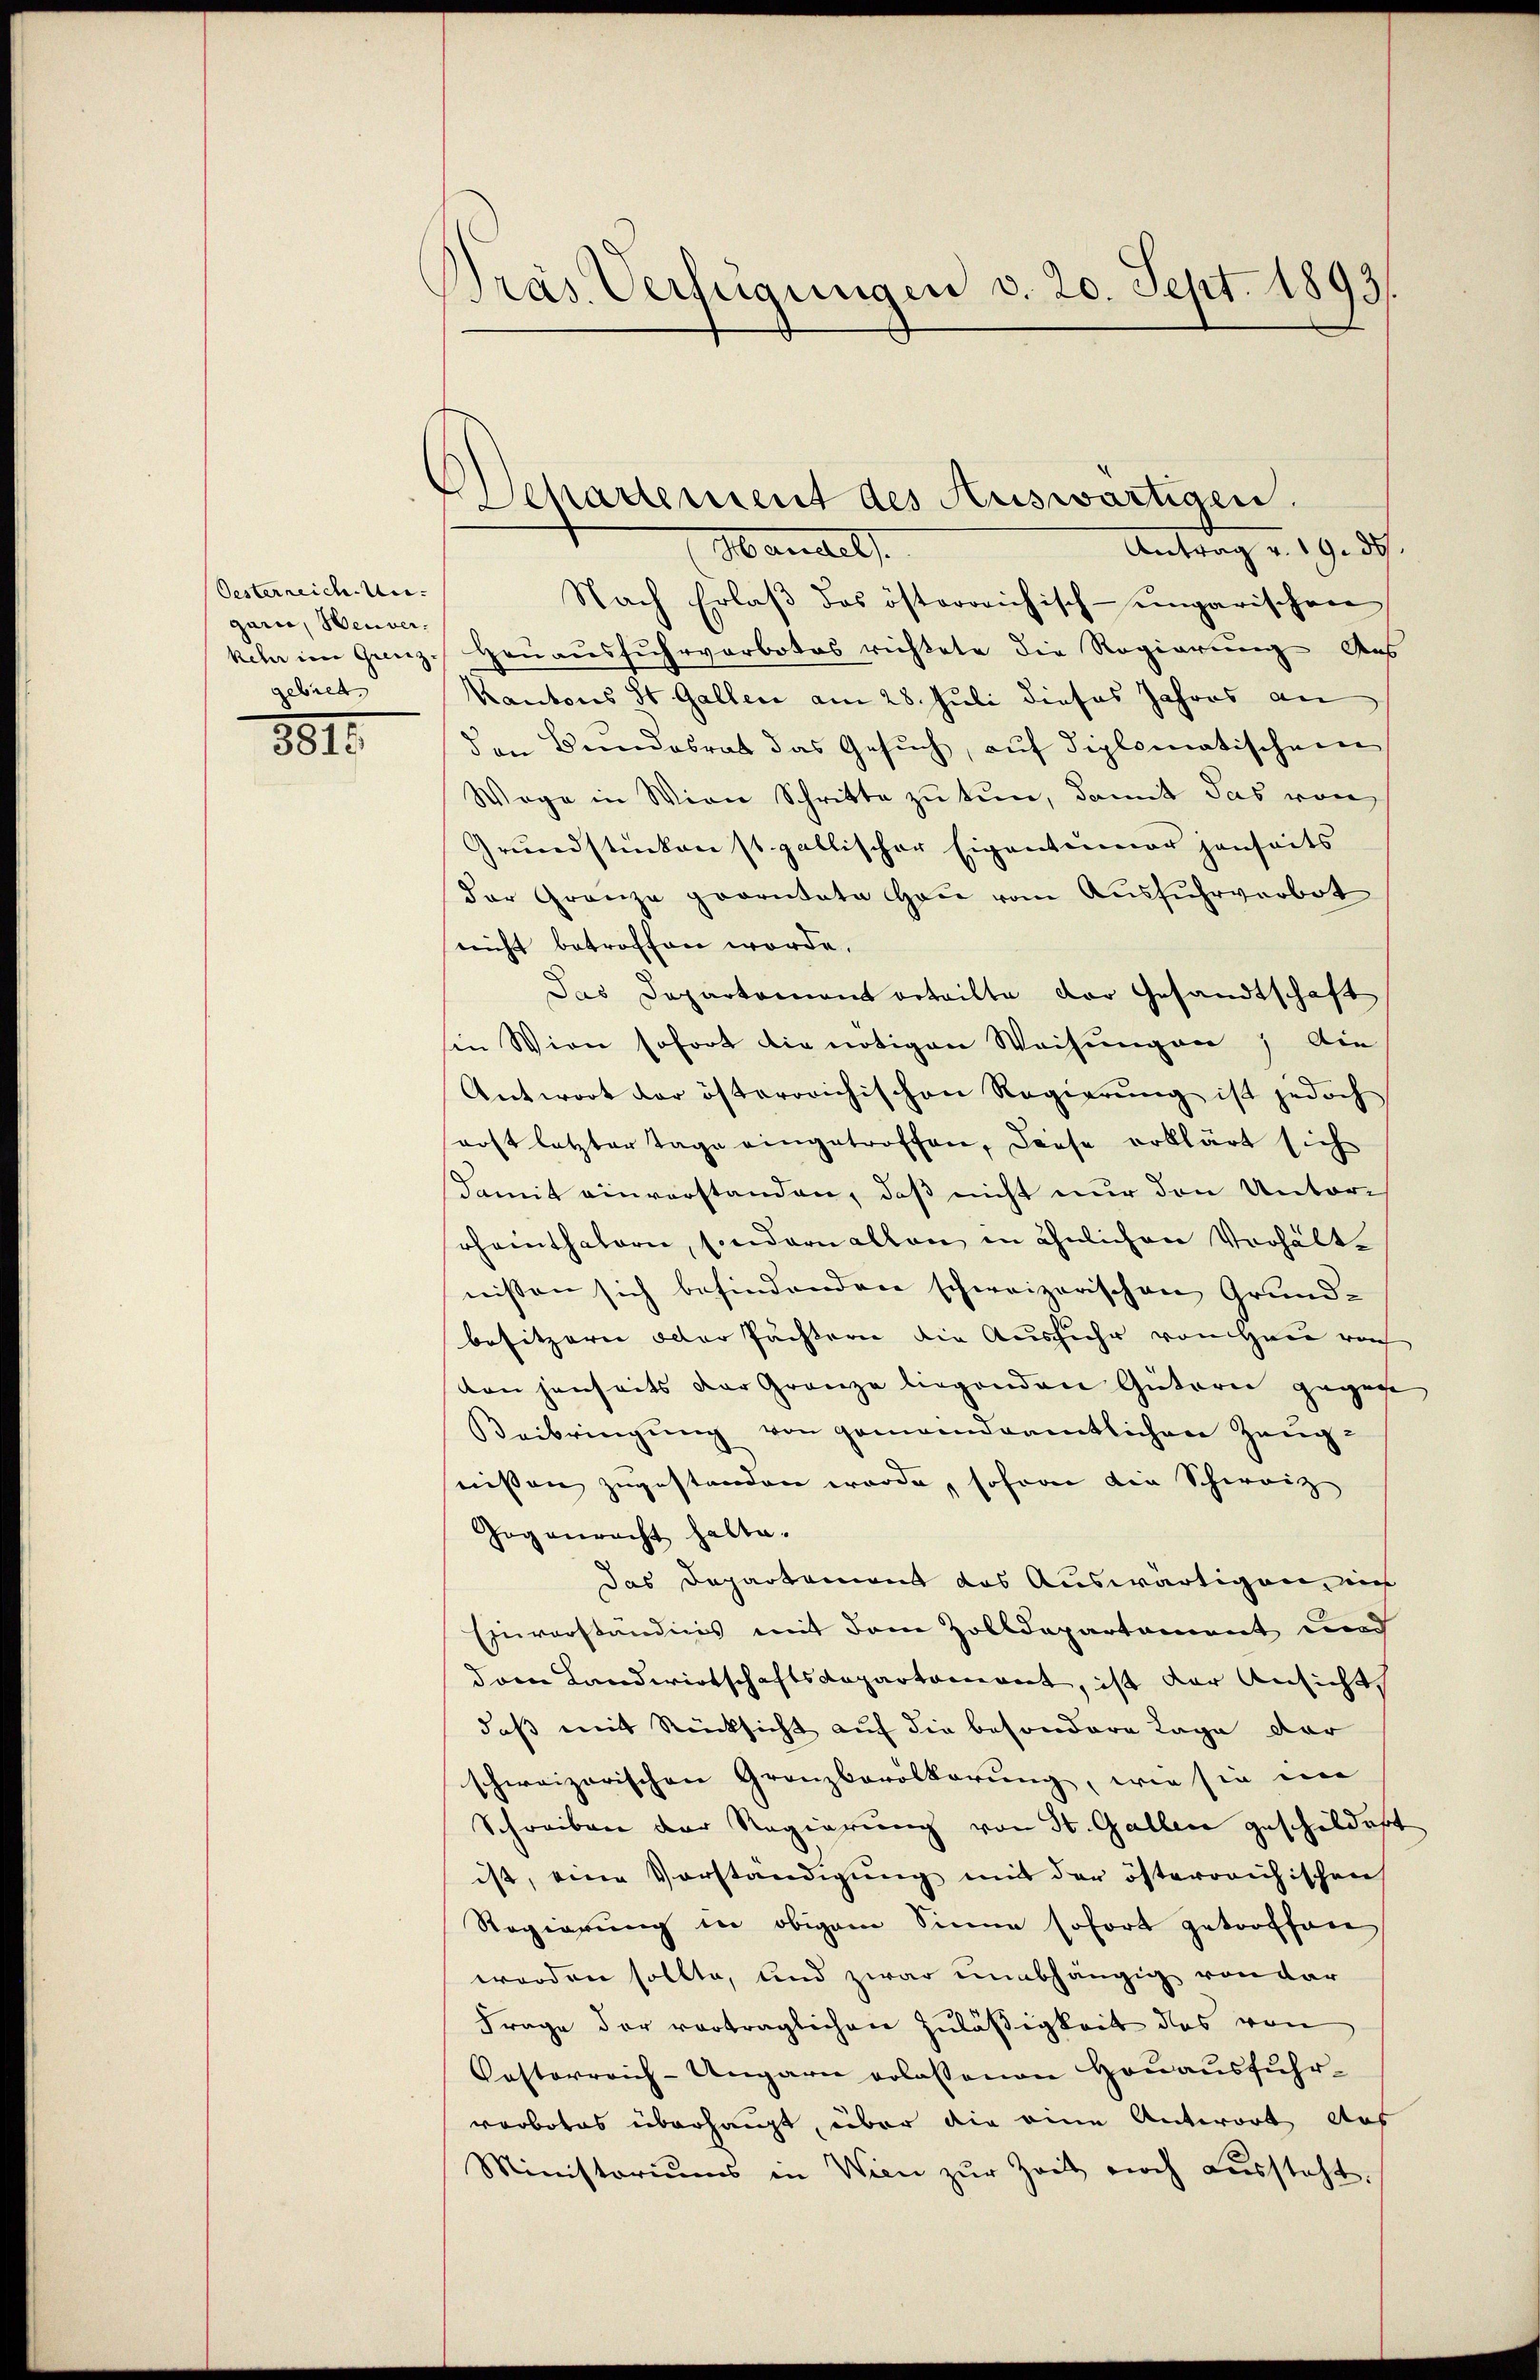
Oesterreich-Ungarn, Neuver.
kehr im Grenz.
gebiet

3811.

präs. Verfügungen v. 20. Sept. 1893

Schadement des Auswärtigen.

Antrag v. 19. d.
Mandels
Nach Erlaβ das österreichisch-ungarischen
Heuausfuhrverbotes richtete die Regierung Aus
Kantons St. Gallen am 28. Juli dieses Jahres an
den Bundesrat das Gesŭch, aŭf diplomatischem
Wege in Wien Schritte zu tun, damit das von
Grundstücken st. gallischer Eigentümer jenseits
der Granze provitate Haŭ vom Ausfuhrverbot
nicht betroffen werde.
Das Departement erteilte der Gesandtschaft
in Wien sofort die nötigen Weisungen, die
Antwort der österrichischen Regierŭng ist jedoch
rost letzter Tage eingetroffen, diese erklärt sich
Damit einverstanden, daß nicht nur den Unterscheinthalern, sondern allen in ähnlichen Verhältnissen sich befindenden schweizerischen Grundbesitzern oder Pächtern die Ausfuhr von Herre roh
on jenseits der Granze liegenden Gütern gegene
Beibringŭng von gemeindsamtlichen Zeŭg-
nissen zugestanden wurde, soforn die Schweiz
Joganracht halte.
das Departement das Auswärtigen ins
Einverständnis mit dem Zolldepartement und
dam Landwirtschaftsdepartament, ist der Ansicht
daß mit Rücksicht auf die besondere Lage dar
schweizerischen Granzbevölkerung, wie sie in
Schreiben der Regierung von St. Gallen geschildert
ist, eine Vorständigung mit der österreichischen
Regierung in obigem Sinne sofort getroffen
worden sollte, und zwar unabhängig von dar
Frage der vorträglichen Zuläßigkeit des von
Posterreich-Ungarn erlassenen Haŭaŭsführ-
verbotes überhaupt, über die eine Antwort aus
Ministoriums in Wien zur Zeit noch aussteht,